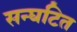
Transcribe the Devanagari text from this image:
सन्घटित